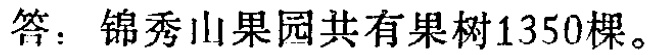
答：锦秀山果园共有果树1350棵。